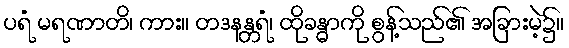
ပရံ မရဏာတိ၊ ကား။ တဒနန္တရံ၊ ထိုခန္ဓာကို စွန့်သည်၏ အခြားမဲ့၌။